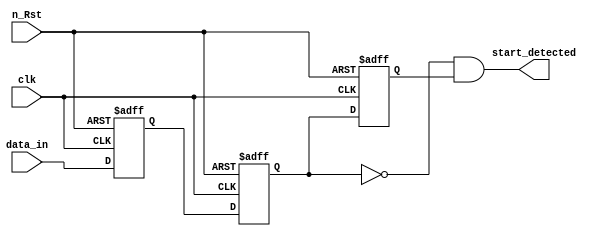
// Version:	1.0 
// Description: Detects the start bit 

module start_bit_det ( 	input clk,
			input n_Rst,
			input data_in,
			output wire start_detected 
						);

reg Q_1,Q_2,Q_3;

always @ (posedge clk, negedge n_Rst) begin

	if (n_Rst == 1'b0) begin
		Q_1 <= 1'b1;
		Q_2 <= 1'b1; 
		Q_3 <= 1'b1;
	end else begin
		Q_3 <= Q_2;
		Q_2 <= Q_1;
		Q_1 <= data_in;
	end
end

//detecting a start bit
assign start_detected = ~(Q_2) & Q_3;

endmodule